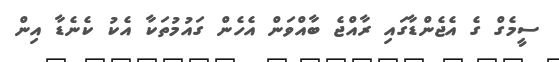
ސީމެގް ގެ އެޖެންޑާގައި ރާއްޖެ ބާއްވަން އެހެން ގައުމުތަކާ އެކު ކެނެޑާ އިން